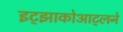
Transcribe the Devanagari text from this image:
इट्झाकोआट्लने